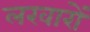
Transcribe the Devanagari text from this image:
लखारों